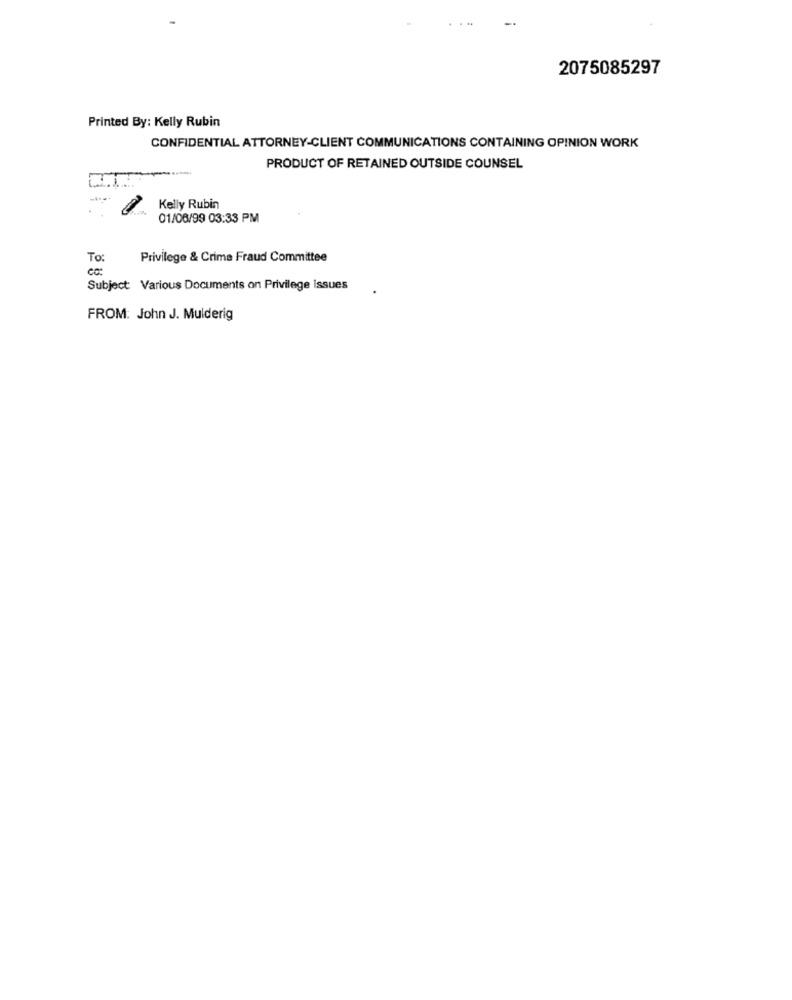
2075085297
Printed By: Kelly Rubin
CONFIDENTIAL ATTORNEY-CLIENT COMMUNICATIONS CONTAINING OPINION WORK
PRODUCT OF RETAINED OUTSIDE COUNSEL
---
.
Kelly Rubin
01/06/99 03:33 PM
To:
Privilege & Crime Fraud Committee
Subject: Various Documents on Privilege Issues
FROM: John J. Mulderig